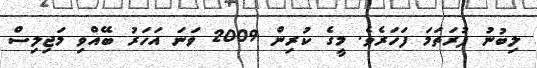
ލިބުނު ފުރަތަމަ ފަހަރެވެ. މީގެ ކުރިން 2009 ވަނަ އަހަރު ބޭއްވި މަޖިލިސް